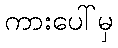
ကားပေါ်မှ